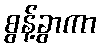
စွန့်ခွာကာ